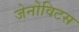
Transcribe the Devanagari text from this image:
जेनोविटस